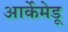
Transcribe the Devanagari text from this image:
आर्केमेडू